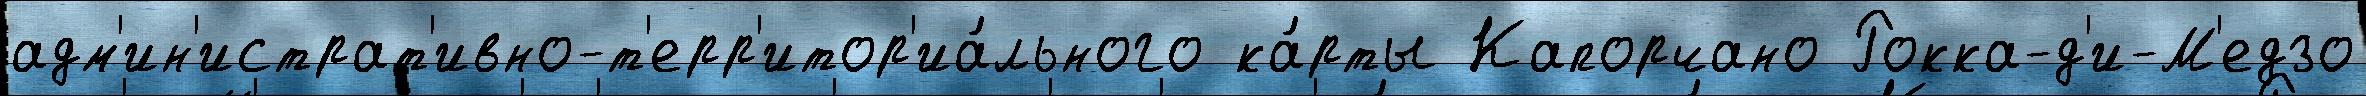
адм'ин'истрат'ивно-т'ерр'итор'иа́льного ка́рты Капорчано Рокка-д'и-М'едзо